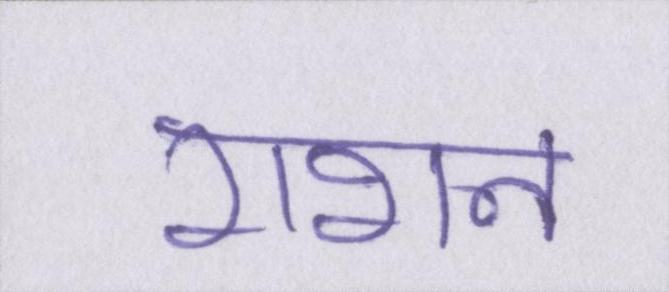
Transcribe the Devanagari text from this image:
राशन